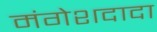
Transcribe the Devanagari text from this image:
मंगेशदादा